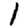
Digit: 1